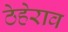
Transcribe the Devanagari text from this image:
ठेहेराव